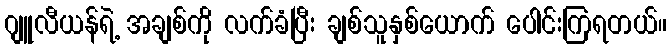
ဂျူလီယန်ရဲ့ အချစ်ကို လက်ခံပြီး ချစ်သူနှစ်ယောက် ပေါင်းကြရတယ်။